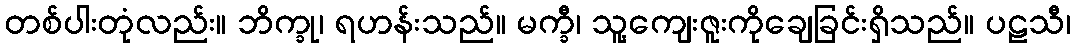
တစ်ပါးတုံလည်း။ ဘိက္ခု၊ ရဟန်းသည်။ မက္ခီ၊ သူ့ကျေးဇူးကိုချေခြင်းရှိသည်။ ပဠသီ၊